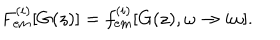
F _ { { \mathrm { e m } } } ^ { ( i ) } [ G ( z ) ] = f _ { { \mathrm { e m } } } ^ { ( i ) } [ G ( z ) , \omega \rightarrow i \omega ] .